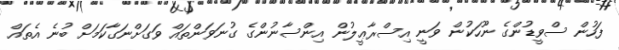
ފަހުން ސްވީޑުންގެ ނޫހަކުން ވަނީ އިސްރާޢީލުން އިންސާނުންގެ ގުނަވަންތައް ވަގަށްނަގާކަމަށް ބުނެ އެތައް